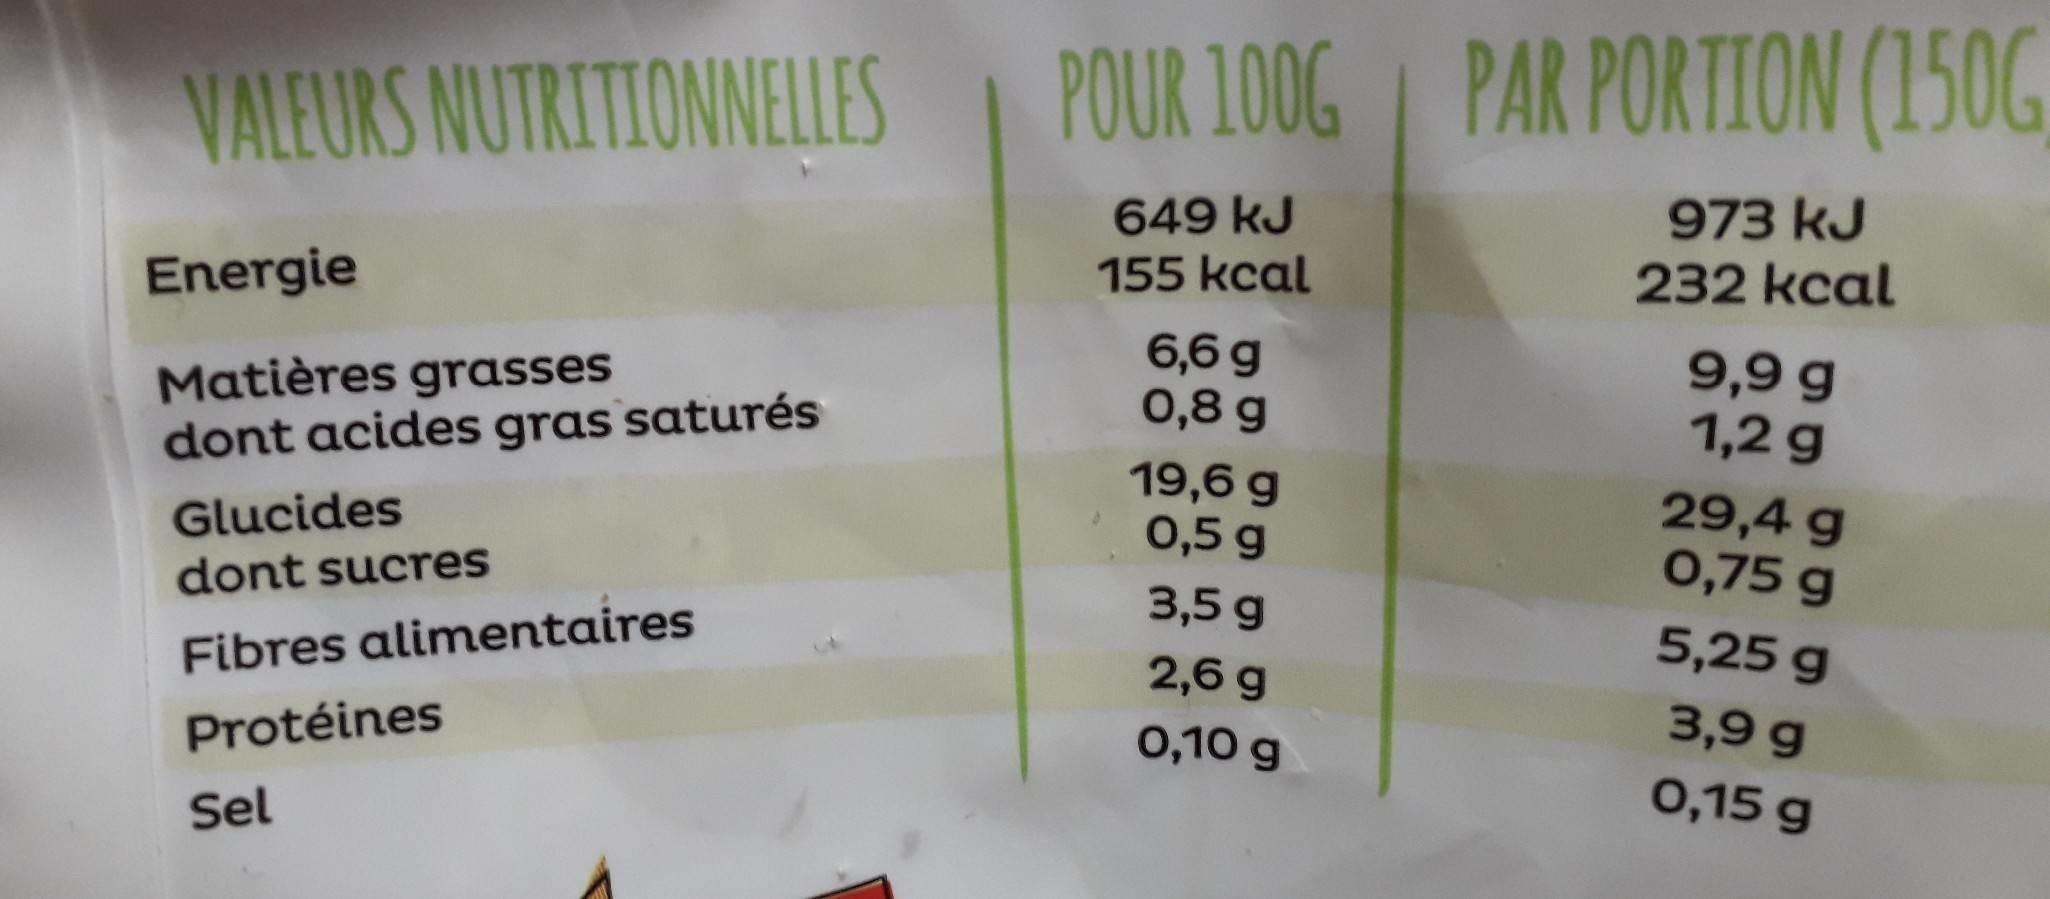
VALEURS NUTRITIONNELLES
POUR 100G | PAR PORTION (150G
649 kJ 155 kcal
973 kJ 232 kcal
Energie
Matières grasses dont acides gras saturés
6,6 g 0,8 g
9,9 g 1,2 g
Glucides dont sucres
19,6 g 0,5 g
29,4 g 0,75 g
3,5 g
5,25 g
Fibres alimentaires
2,6 g
3,9 g
Protéines
0,10 g
0,15 g
Sel